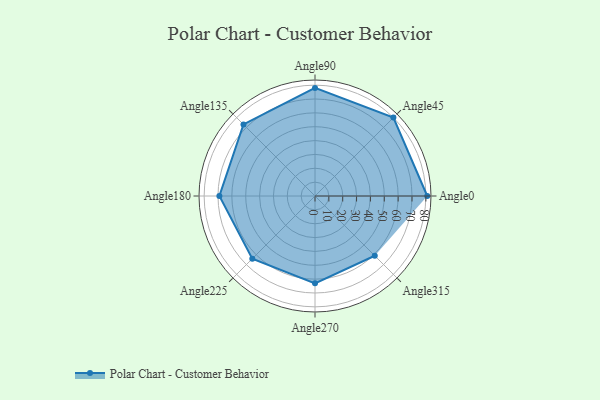
{"axis": {"x": "Angle", "y": "Radius"}, "legend": [""], "data": [{"x": "Angle0", "y": 81.0, "type": ""}, {"x": "Angle45", "y": 80.0, "type": ""}, {"x": "Angle90", "y": 78.0, "type": ""}, {"x": "Angle135", "y": 73.0, "type": ""}, {"x": "Angle180", "y": 69.0, "type": ""}, {"x": "Angle225", "y": 64.0, "type": ""}, {"x": "Angle270", "y": 63.0, "type": ""}, {"x": "Angle315", "y": 61.0, "type": ""}]}